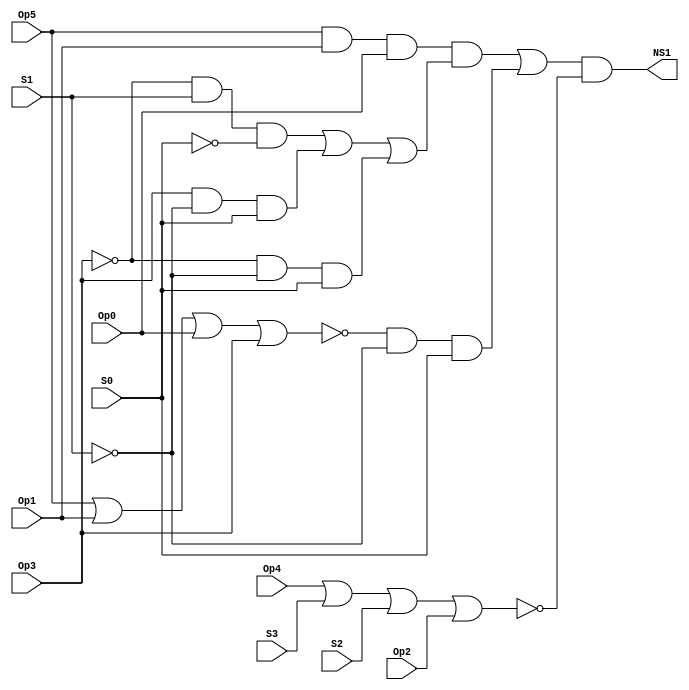
// Copyright (C) 1991-2015 Altera Corporation. All rights reserved.
// Your use of Altera Corporation's design tools, logic functions 
// and other software and tools, and its AMPP partner logic 
// functions, and any output files from any of the foregoing 
// (including device programming or simulation files), and any 
// associated documentation or information are expressly subject 
// to the terms and conditions of the Altera Program License 
// Subscription Agreement, the Altera Quartus II License Agreement,
// the Altera MegaCore Function License Agreement, or other 
// applicable license agreement, including, without limitation, 
// that your use is for the sole purpose of programming logic 
// devices manufactured by Altera and sold by Altera or its 
// authorized distributors.  Please refer to the applicable 
// agreement for further details.

// PROGRAM		"Quartus II 64-Bit"
// VERSION		"Version 15.0.0 Build 145 04/22/2015 SJ Web Edition"
// CREATED		"Fri Mar 13 11:23:43 2020"

module NS1(
	Op5,
	Op4,
	Op3,
	Op2,
	Op1,
	Op0,
	S3,
	S2,
	S1,
	S0,
	NS1
);


input wire	Op5;
input wire	Op4;
input wire	Op3;
input wire	Op2;
input wire	Op1;
input wire	Op0;
input wire	S3;
input wire	S2;
input wire	S1;
input wire	S0;
output wire	NS1;

wire	SYNTHESIZED_WIRE_0;
wire	SYNTHESIZED_WIRE_1;
wire	SYNTHESIZED_WIRE_18;
wire	SYNTHESIZED_WIRE_3;
wire	SYNTHESIZED_WIRE_4;
wire	SYNTHESIZED_WIRE_5;
wire	SYNTHESIZED_WIRE_6;
wire	SYNTHESIZED_WIRE_7;
wire	SYNTHESIZED_WIRE_19;
wire	SYNTHESIZED_WIRE_11;
wire	SYNTHESIZED_WIRE_13;
wire	SYNTHESIZED_WIRE_14;
wire	SYNTHESIZED_WIRE_15;
wire	SYNTHESIZED_WIRE_16;
wire	SYNTHESIZED_WIRE_17;




assign	SYNTHESIZED_WIRE_11 =  ~S0;

assign	SYNTHESIZED_WIRE_18 =  ~S1;

assign	SYNTHESIZED_WIRE_0 = Op5 | Op1 | Op0 | Op3;

assign	SYNTHESIZED_WIRE_1 =  ~SYNTHESIZED_WIRE_0;

assign	SYNTHESIZED_WIRE_4 = SYNTHESIZED_WIRE_1 & SYNTHESIZED_WIRE_18 & S0;

assign	SYNTHESIZED_WIRE_5 = SYNTHESIZED_WIRE_3 | SYNTHESIZED_WIRE_4;

assign	NS1 = SYNTHESIZED_WIRE_5 & SYNTHESIZED_WIRE_6;

assign	SYNTHESIZED_WIRE_7 = Op4 | S3 | S2 | Op2;

assign	SYNTHESIZED_WIRE_6 =  ~SYNTHESIZED_WIRE_7;

assign	SYNTHESIZED_WIRE_19 =  ~Op3;

assign	SYNTHESIZED_WIRE_15 = SYNTHESIZED_WIRE_19 & SYNTHESIZED_WIRE_18 & S0;

assign	SYNTHESIZED_WIRE_13 = SYNTHESIZED_WIRE_19 & S1 & SYNTHESIZED_WIRE_11;

assign	SYNTHESIZED_WIRE_14 = Op3 & SYNTHESIZED_WIRE_18 & S0;

assign	SYNTHESIZED_WIRE_17 = SYNTHESIZED_WIRE_13 | SYNTHESIZED_WIRE_14 | SYNTHESIZED_WIRE_15;

assign	SYNTHESIZED_WIRE_3 = SYNTHESIZED_WIRE_16 & SYNTHESIZED_WIRE_17;

assign	SYNTHESIZED_WIRE_16 = Op5 & Op1 & Op0;


endmodule